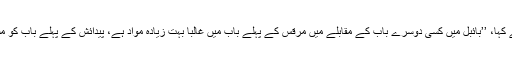
ڈاکٹر میگی Dr. McGee نے کہا، ’’بائبل میں کسی دوسرے باب کے مقابلے میں مرقس کے پہلے باب میں غالباً بہت زیادہ مواد ہے، پیدائش کے پہلے باب کو مستثنیٰ قرار دیتے ہوئے‘‘ (جے۔